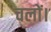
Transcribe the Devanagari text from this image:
चलों।